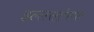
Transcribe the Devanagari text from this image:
इल्लसट्रेसंस